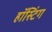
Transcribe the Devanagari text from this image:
हॉस्टिंग